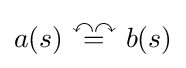
a(s)~{\overset {\curvearrowleft \curvearrowright }{=}}~b(s)